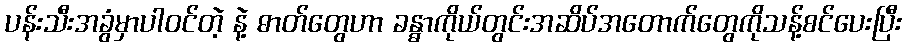
ပန်းသီးအခွံမှာပါဝင်တဲ့ နဲ့ ဓာတ်တွေဟာ ခန္ဓာကိုယ်တွင်းအဆိပ်အတောက်တွေကိုသန့်စင်ပေးပြီး